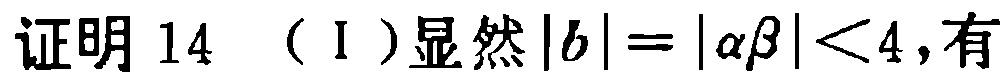
证明 14 （I）显然\(|b| = |\alpha\beta| < 4\)，有